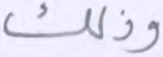
وذلك